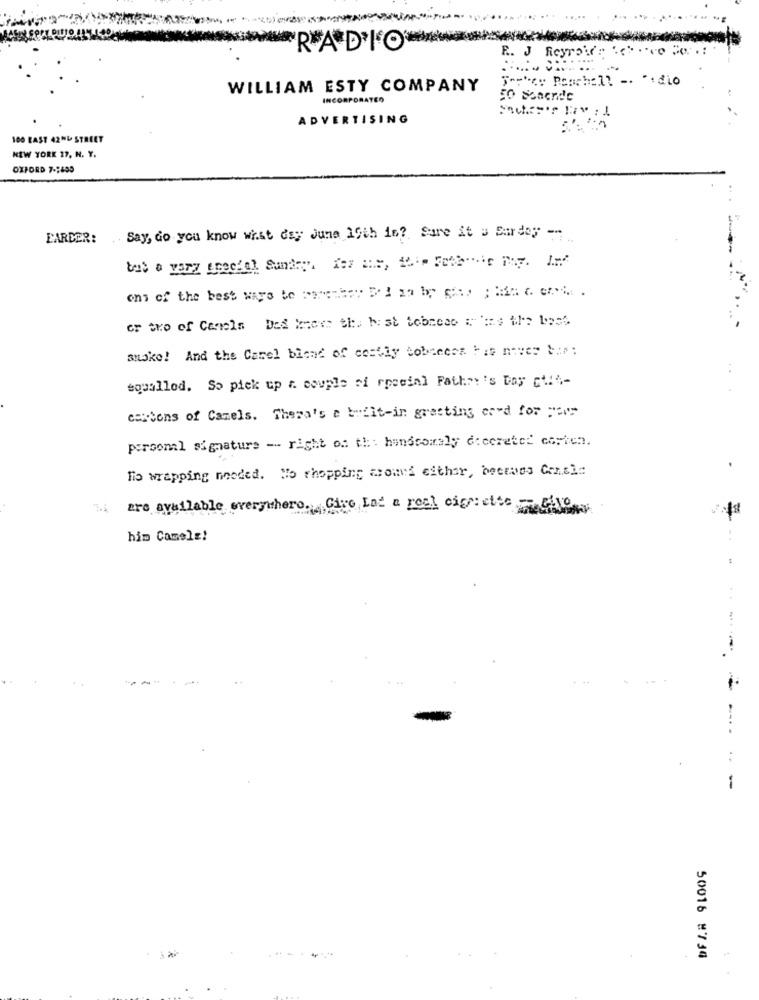
RADIO
R. J Reyroute to co Do.
"-chce Pearhelt -. ".dio
WILLIAM ESTY COMPANY
INCORPORATEO
50 Soaende
ADVERTISING
100 LAST 42ND STREET
NEW YORK 17, N. Y.
OXFORD 7-2490
EARDER: . Say, do you know what day June 19th 16? Sure it " Sardoy -
smoke! And the Carel blend of costly tobrecce His never bis:
. .
equallod. So pick up r. couple of roceinl Father's Day ci4-
cartons of Camels. There's a built-in greeting card for ===
personal signature -- right of th: hundeoraly diecreter carten.
.
Tio wrapping needed. No shopping around either, bectues Consin
are available everywhere. C
Cive Lot a real cipmette GANG
him Camels!
----
-
50016 #734